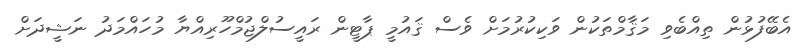
އެބޭފުޅުން ތިއްބެވި މަޤާމްތަކުން ވަކިކުރުމަށް ވެސް ޤައުމީ ޕާޓީން ރައީސުލްޖުމްހޫރިއްޔާ މުހައްމަދު ނަޝީދަށް